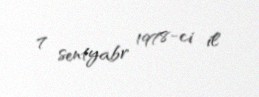
7 sentyabr 1978-ci il